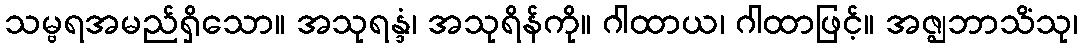
သမ္ဗရအမည်ရှိသော။ အသုရန္ဒံ၊ အသုရိန်ကို။ ဂါထာယ၊ ဂါထာဖြင့်။ အဇ္ဈဘာသိံသု၊